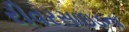
રીવરસાઇડના